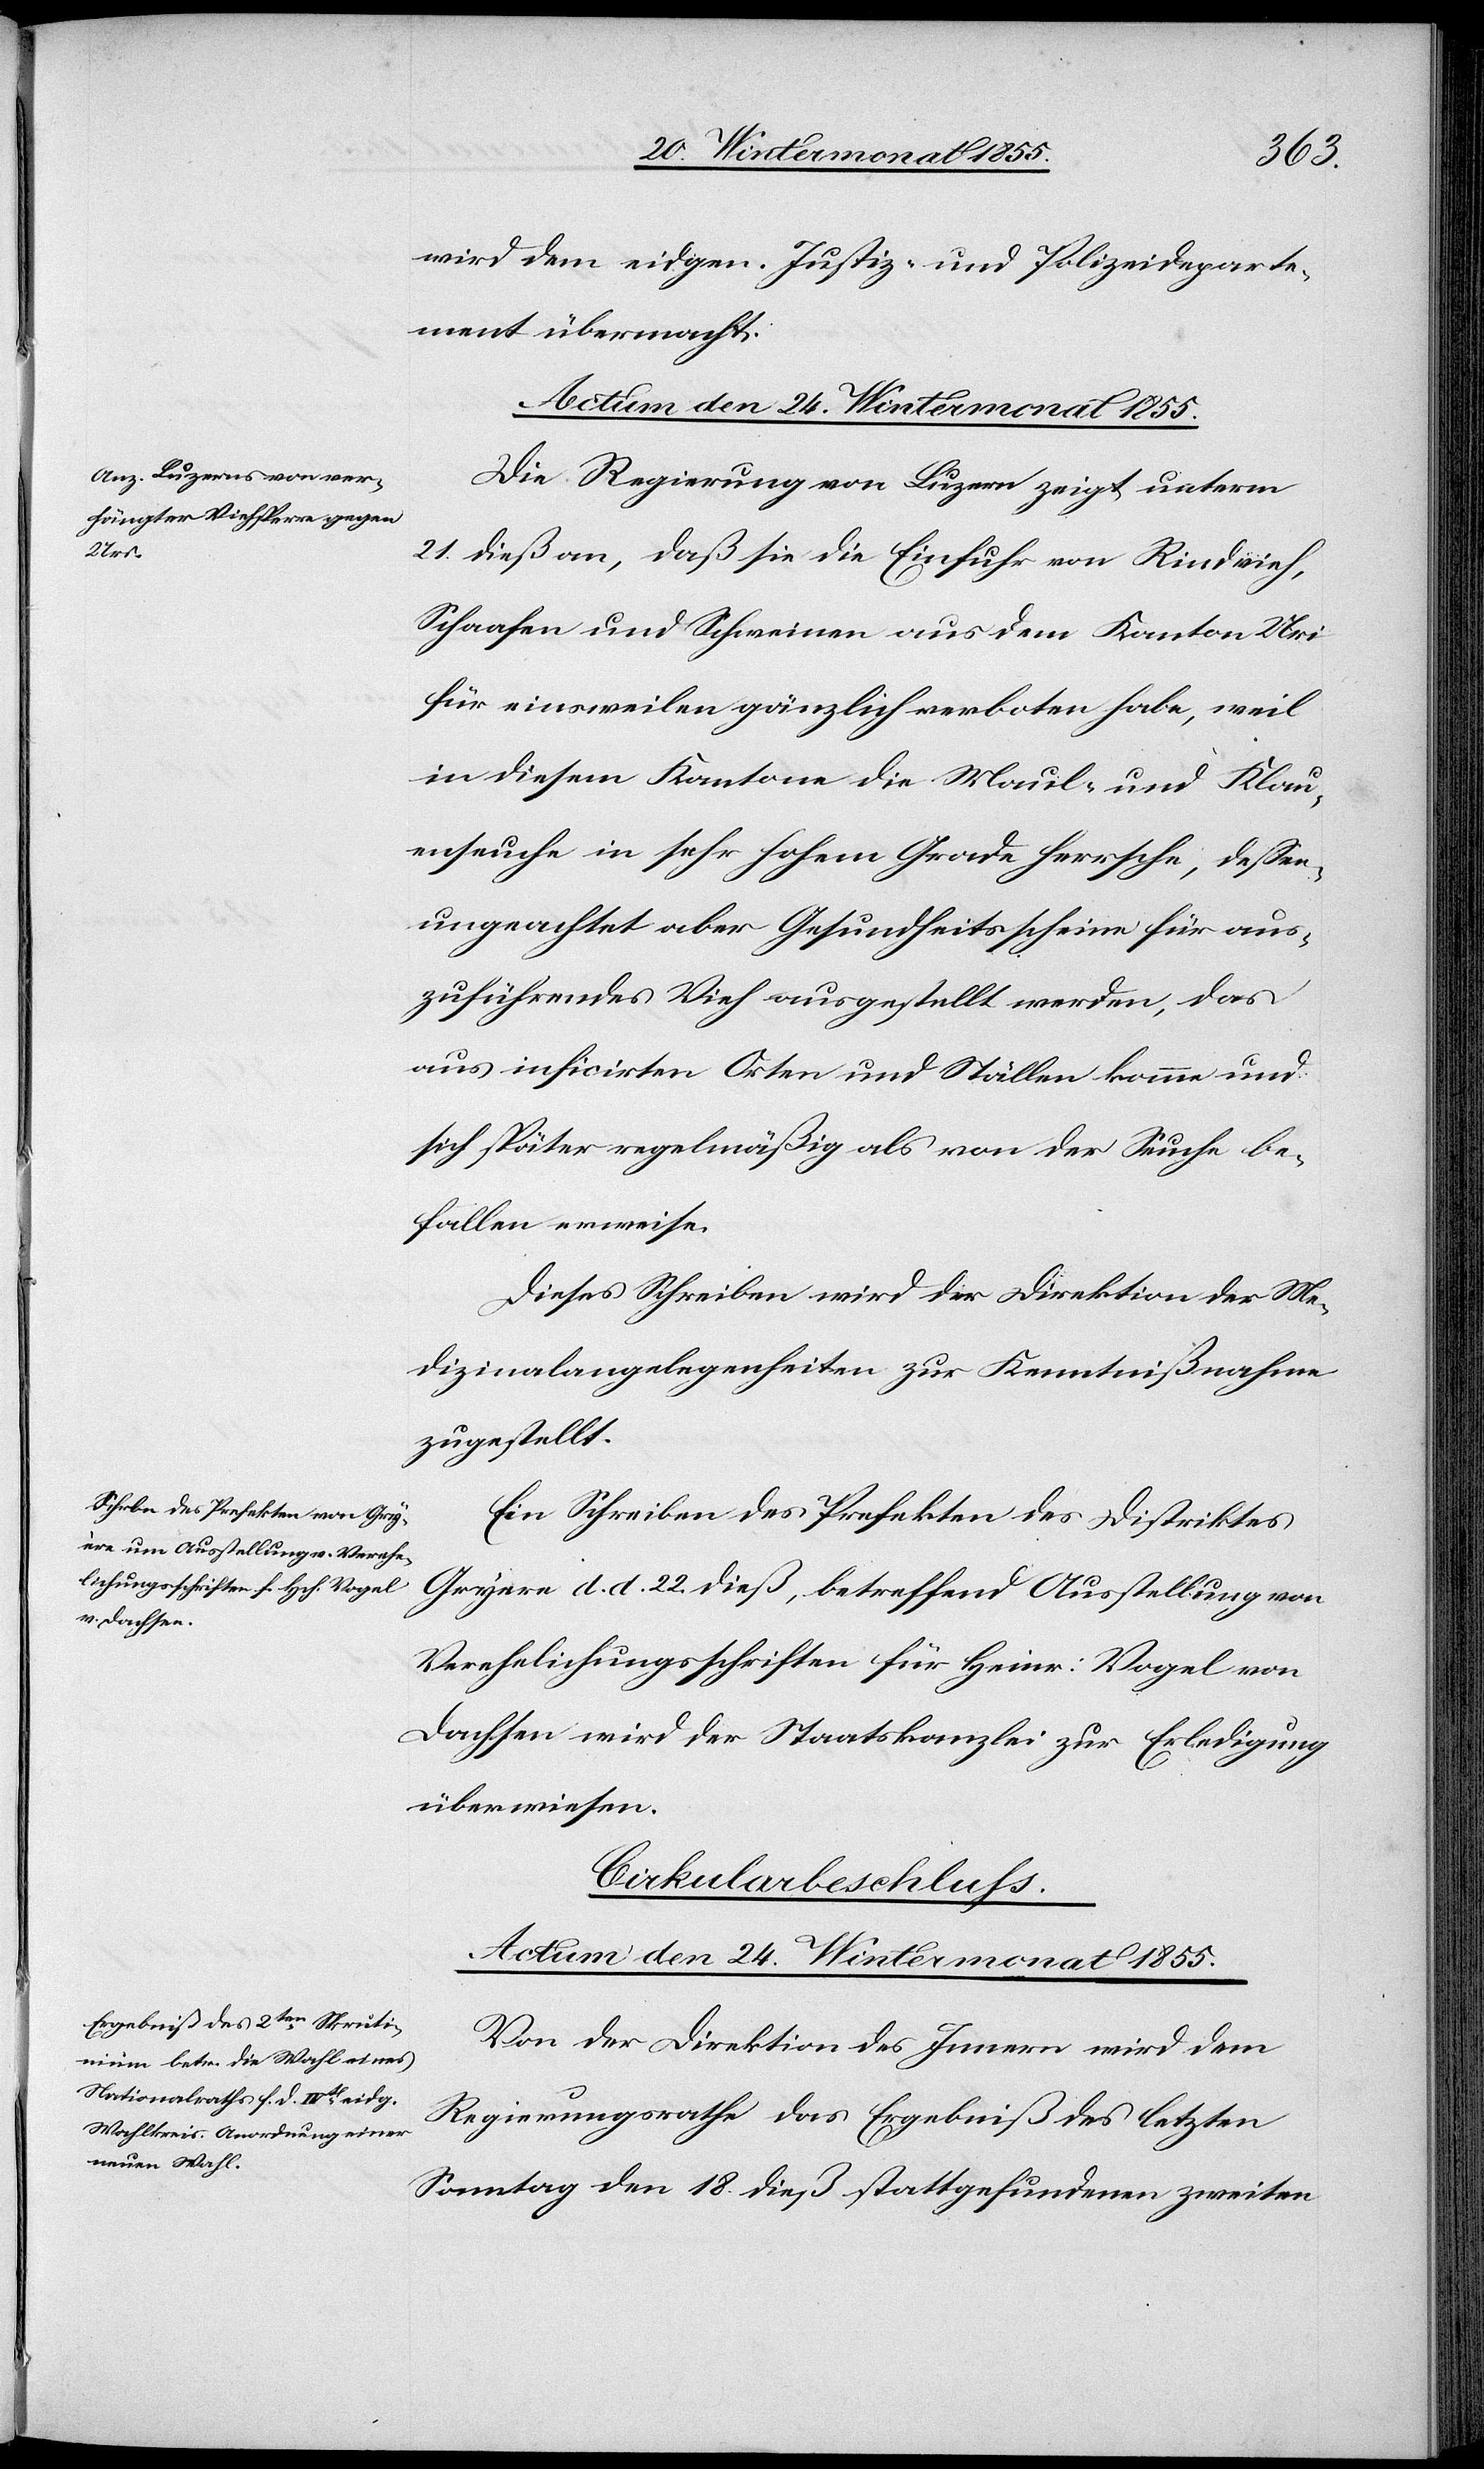
wird dem eidgen. Justiz- und Polizeideparte¬
ment übermacht.
Die Regierung von Luzern zeigt unterm
21. dieß an, daß sie die Einfuhr von Rindvieh,
Schaafen und Schweinen aus dem Kanton Uri
für einsweilen gänzlich verboten habe, weil
in diesem Kantone die Maul- und Klau¬
enseuche in sehr hohem Grade herrsche, dessen¬
ungeachtet aber Gesundheitsscheine für aus¬
zuführendes Vieh ausgestellt werden, das
aus inficirten Orten und Ställen komme und
sich später regelmäßig als von der Seuche be¬
fallen erweise.
Dieses Schreiben wird der Direktion der Me¬
dizinalangelegenheiten zur Kenntnißnahme
zugestellt.
Ein Schreiben des Prefekten des Distriktes
Gryere d. d. 22. dieß, betreffend Ausstellung von
Verehelichungsschriften für Heinr: Vogel von
Dachsen wird der Staatskanzlei zur Erledigung
überwiesen.
Cirkularbeschluss.
Actum den 24. Wintermonat 1855.
Von der Direktion des Innern wird dem
Regierungsrathe das Ergebniß des letzten
Sonntag den 18. dieß stattgefundenen zweiten